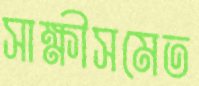
সাক্ষীসমেত